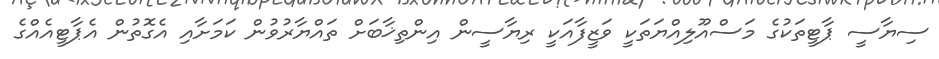
ސިޔާސީ ޕާޓީތަކުގެ މަސްއޫލިއްޔަތަކީ ވަޒީފާއަކީ ރިޔާސީން އިންތިޚާބަށް ތައްޔާރުވުން ކަމަށާއި އެގޮތުން އެޕާޓީއެއްގެ